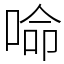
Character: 𠵴